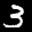
Label: 3